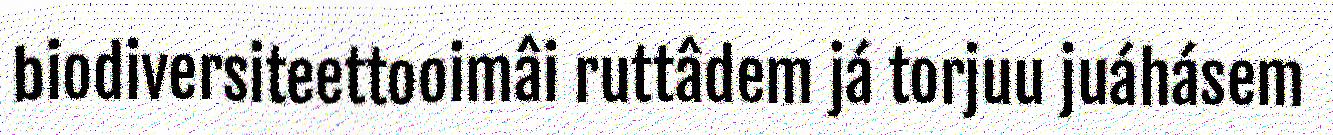
biodiversiteettooimâi ruttâdem já torjuu juáhásem